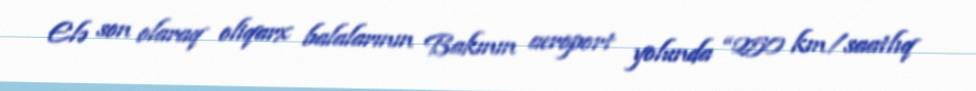
Elə son olaraq oliqarx balalarının Bakının aeroport yolunda “250 km/saatlıq